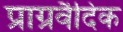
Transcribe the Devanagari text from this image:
प्राग्रवैदिक